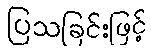
ပြသခြင်းဖြင့်